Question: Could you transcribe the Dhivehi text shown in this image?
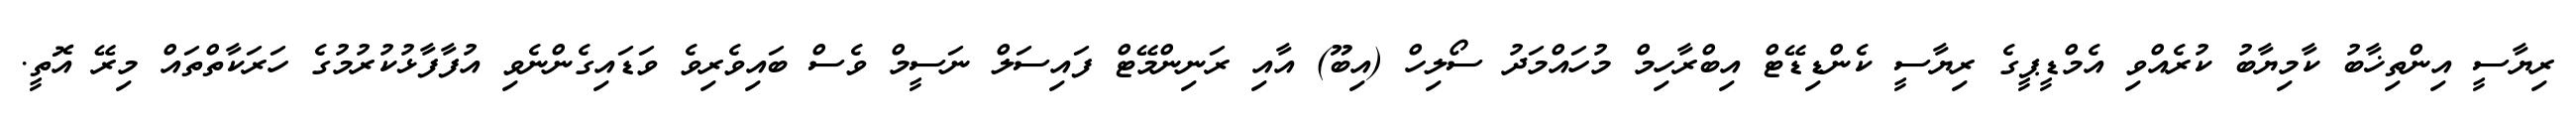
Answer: ރިޔާސީ އިންތިޚާބު ކާމިޔާބު ކުރެއްވި އެމްޑީޕީގެ ރިޔާސީ ކެންޑިޑޭޓް އިބްރާހިމް މުހައްމަދު ސޯލިހް (އިބޫ) އާއި ރަނިންމޭޓް ފައިސަލް ނަސީމް ވެސް ބައިވެރިވެ ވަޑައިގެންނެވި އުފާފާޅުކުރުމުގެ ހަރަކާތްތައް މިރޭ އޮތީ.